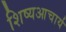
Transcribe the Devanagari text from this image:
शिष्यआचार्य